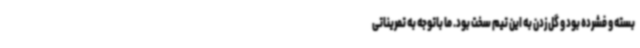
بسته و فشرده بود و گل زدن به این تیم سخت بود. ما باتوجه به تمریناتی